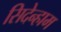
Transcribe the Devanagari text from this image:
सिदेन्हाम